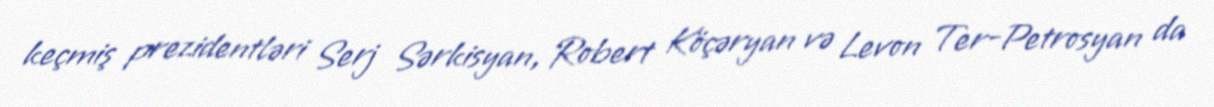
keçmiş prezidentləri Serj Sərkisyan, Robert Köçəryan və Levon Ter-Petrosyan da